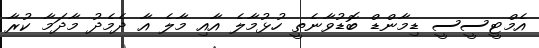
އެމްޓީސީސީ ޑިމާންޑް ބޮޑުވާނެތީ ހުޅުމާލެ އާއި މާލެ އާ ދެމެދު މާދަމާ ކުރާ